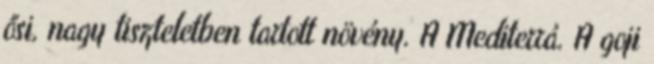
ősi, nagy tiszteletben tartott növény. A Mediterrá. A goji